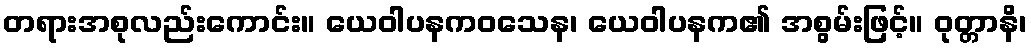
တရားအစုလည်းကောင်း။ ယေဝါပနကဝသေန၊ ယေဝါပနက၏ အစွမ်းဖြင့်။ ဝုတ္တာနိ၊